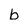
Character: b